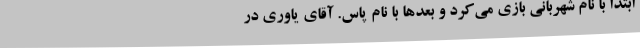
ابتدا با نام شهربانی بازی می‌کرد و بعدها با نام پاس. آقای یاوری در